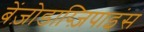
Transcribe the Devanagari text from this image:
बेंज़ोडाय्ज़िपाइंस